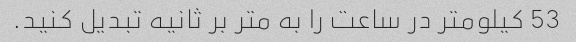
53 کیلومتر در ساعت را به متر بر ثانیه تبدیل کنید.